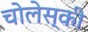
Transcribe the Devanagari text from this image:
चोलेस्की